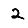
Digit: 2